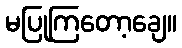
မပြုကြတော့ချေ။